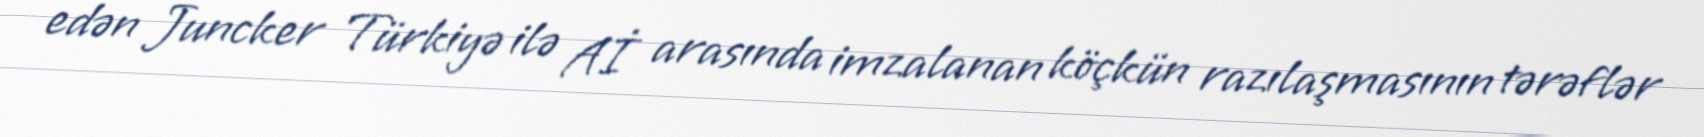
edən Juncker Türkiyə ilə Aİ arasında imzalanan köçkün razılaşmasının tərəflər